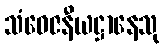
သံဝေဇနီယဋ္ဌာနေသု